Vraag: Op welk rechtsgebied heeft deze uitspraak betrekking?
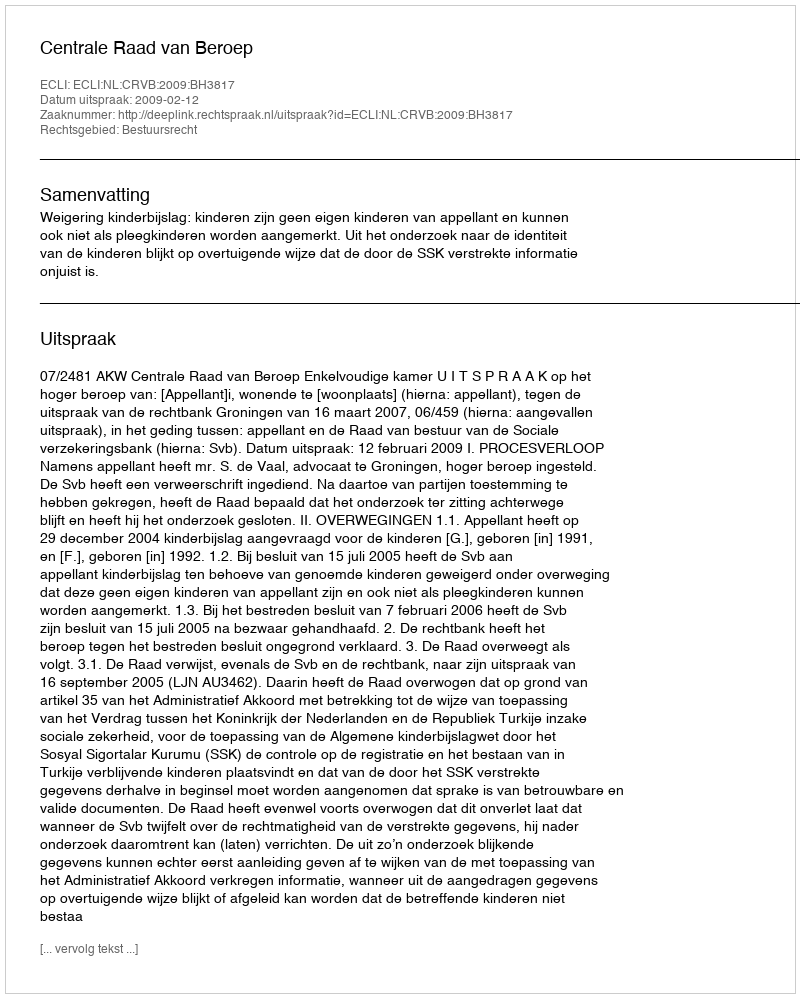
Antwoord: Bestuursrecht